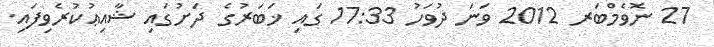
27 ނޮވެމްބަރ 2012 ވަނަ ދުވަހު 17:33 ގައި ޚަބަރުގެ ދަށުގައި ޝާއިޢުކުރެވިފައި.